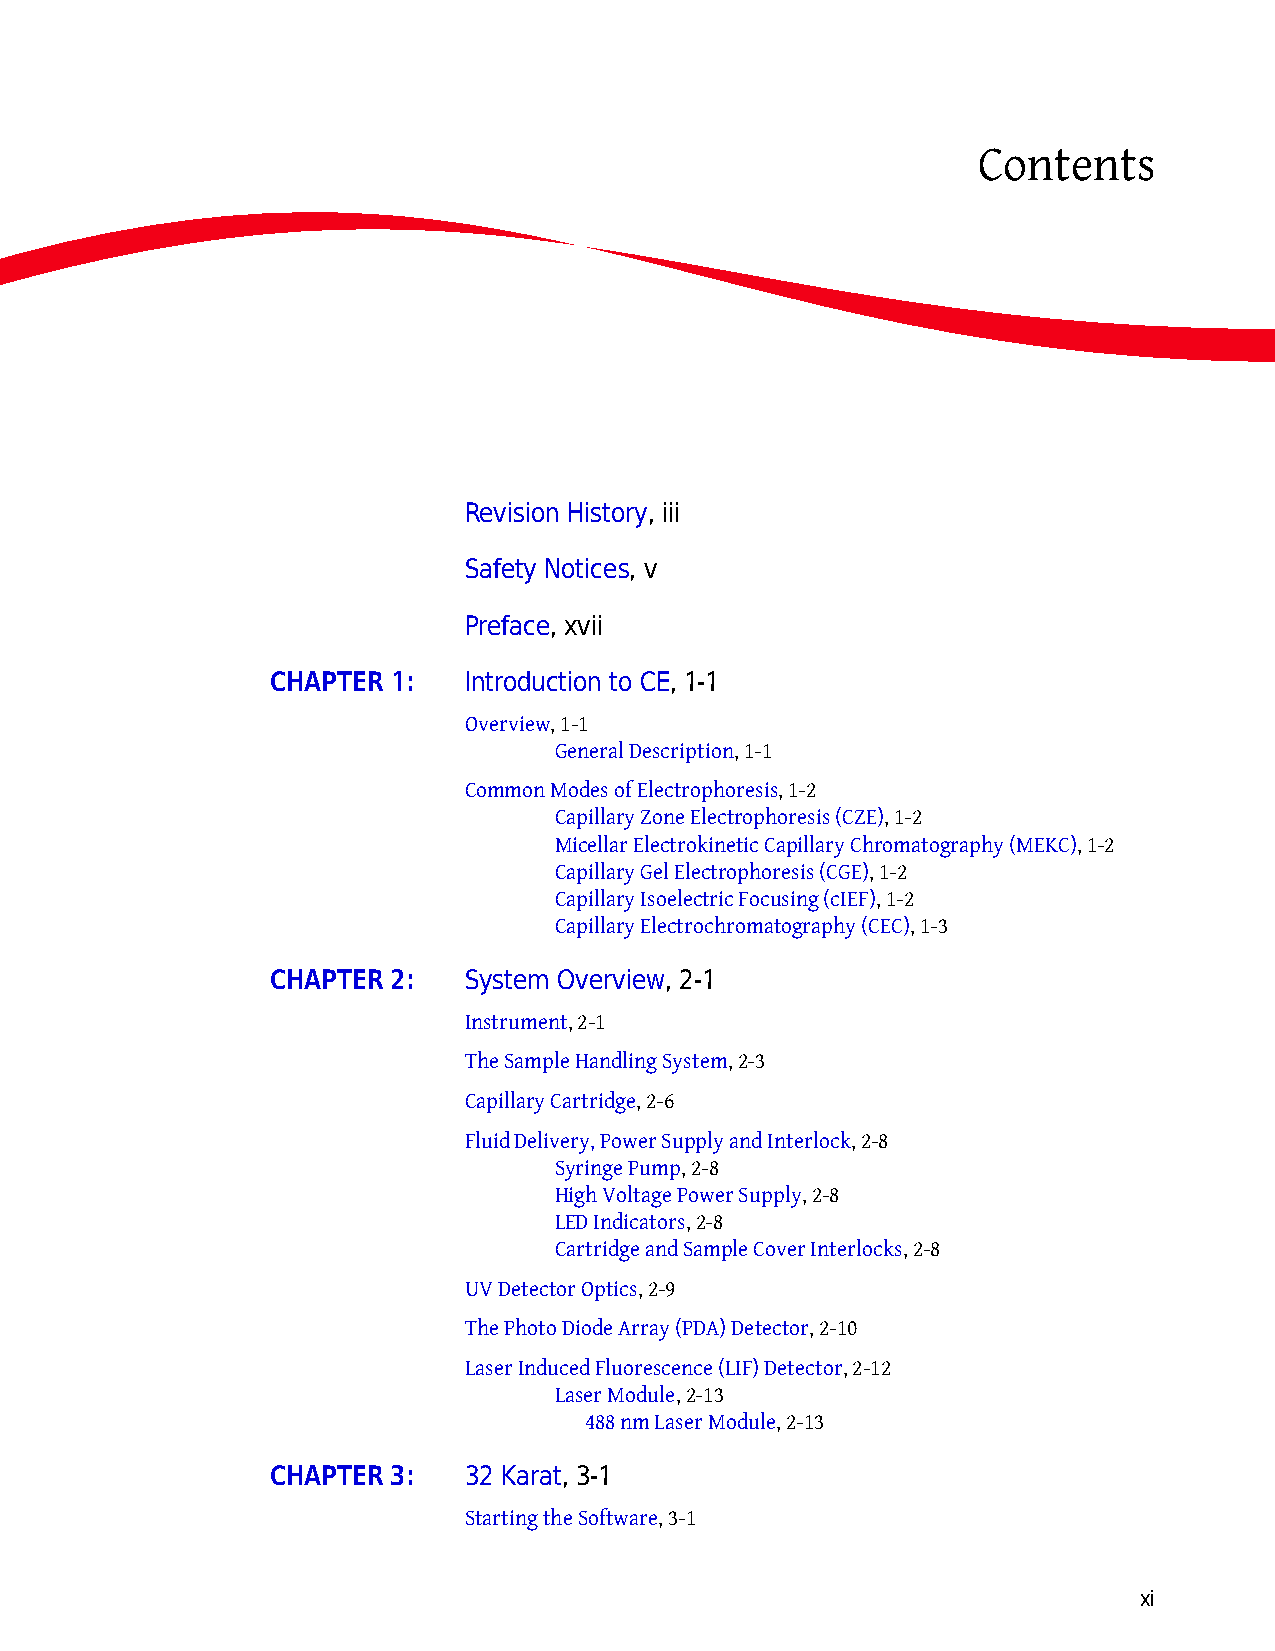
Contents
 Revision History, iii
 Safety Notices, v
 Preface, xvii
 CHAPTER 1:   Introduction to CE, 1-1
 Overview, 1-1
 General Description, 1-1
 Common Modes of Electrophoresis, 1-2
 Capillary Zone Electrophoresis (CZE), 1-2
 Micellar Electrokinetic Capillary Chromatography (MEKC), 1-2
 Capillary Gel Electrophoresis (CGE), 1-2
 Capillary Isoelectric Focusing (cIEF), 1-2
 Capillary Electrochromatography (CEC), 1-3
 CHAPTER 2:   System Overview, 2-1
 Instrument, 2-1
 The Sample Handling System, 2-3
 Capillary Cartridge, 2-6
 Fluid Delivery, Power Supply and Interlock, 2-8
 Syringe Pump, 2-8
 High Voltage Power Supply, 2-8
 LED Indicators, 2-8
 Cartridge and Sample Cover Interlocks, 2-8
 UV Detector Optics, 2-9
 The Photo Diode Array (PDA) Detector, 2-10
 Laser Induced Fluorescence (LIF) Detector, 2-12
 Laser Module, 2-13
 488 nm Laser Module, 2-13
 CHAPTER 3:   32 Karat, 3-1
 Starting the Software, 3-1
 xi